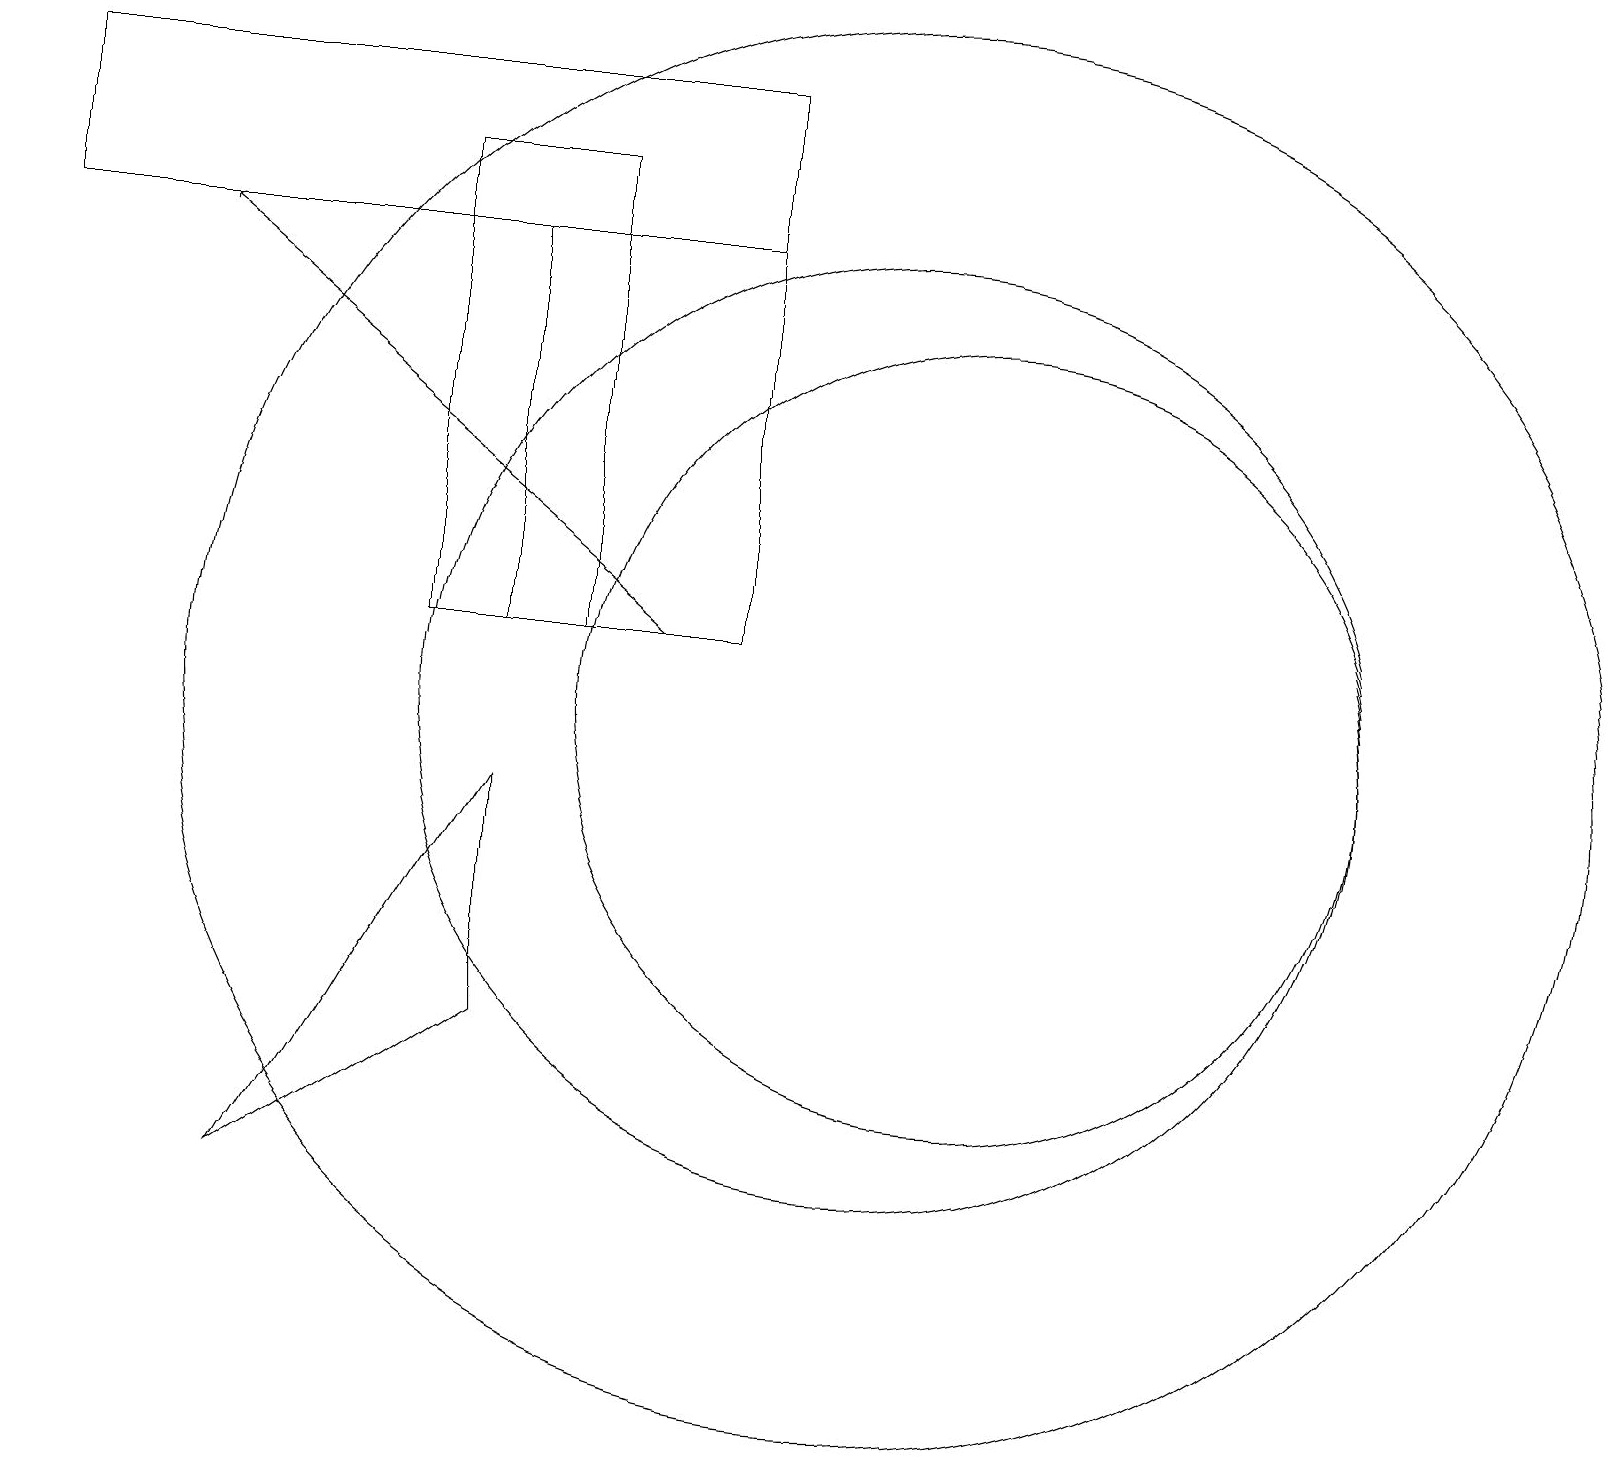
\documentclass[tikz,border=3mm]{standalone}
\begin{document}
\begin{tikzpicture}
\draw (6,11) rectangle (9,16);
\draw (7,17) rectangle (5,11);
\draw (11,10) circle (6);
\draw (9,16) rectangle (0,18);
\draw (12,10) circle (5);
\draw[->] (8,11) -- (2,16);
\draw (11,10) circle (9);
\draw (6,6) -- (3,4) -- (6,9) -- cycle;
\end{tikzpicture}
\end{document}